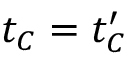
t _ { C } = t _ { C } ^ { \prime }